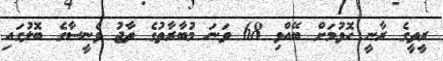
ރީތީގެ ރާނީ ހޮވުމަށް ބޭއްވި 68 ވަނަ މުބާރާތުގެ ތާޖު ވެނީސާގެ ބޮލުގައި